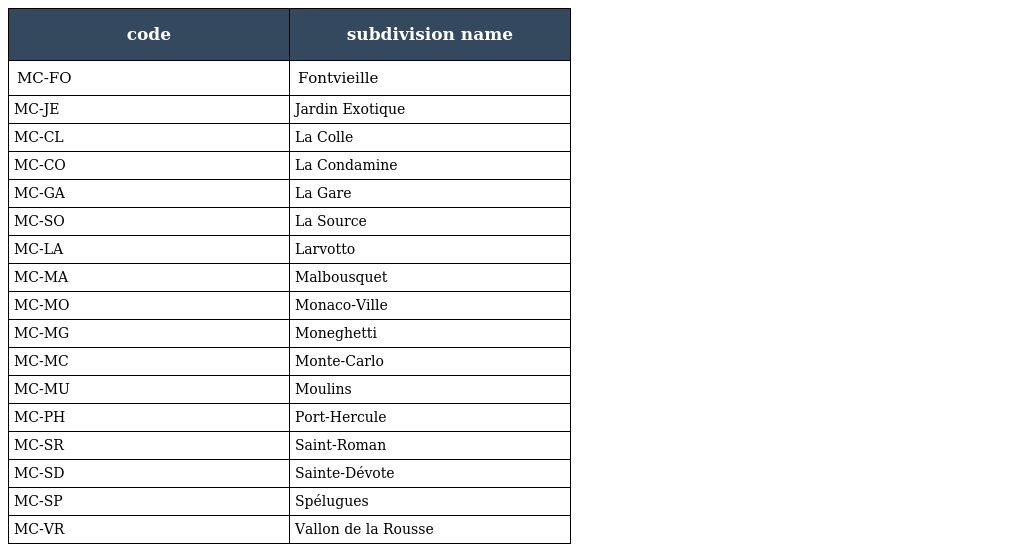
| code | subdivision name |
 | --- | --- |
 | MC-FO | Fontvieille |
 | MC-JE | Jardin Exotique |
 | MC-CL | La Colle |
 | MC-CO | La Condamine |
 | MC-GA | La Gare |
 | MC-SO | La Source |
 | MC-LA | Larvotto |
 | MC-MA | Malbousquet |
 | MC-MO | Monaco-Ville |
 | MC-MG | Moneghetti |
 | MC-MC | Monte-Carlo |
 | MC-MU | Moulins |
 | MC-PH | Port-Hercule |
 | MC-SR | Saint-Roman |
 | MC-SD | Sainte-Dévote |
 | MC-SP | Spélugues |
 | MC-VR | Vallon de la Rousse |